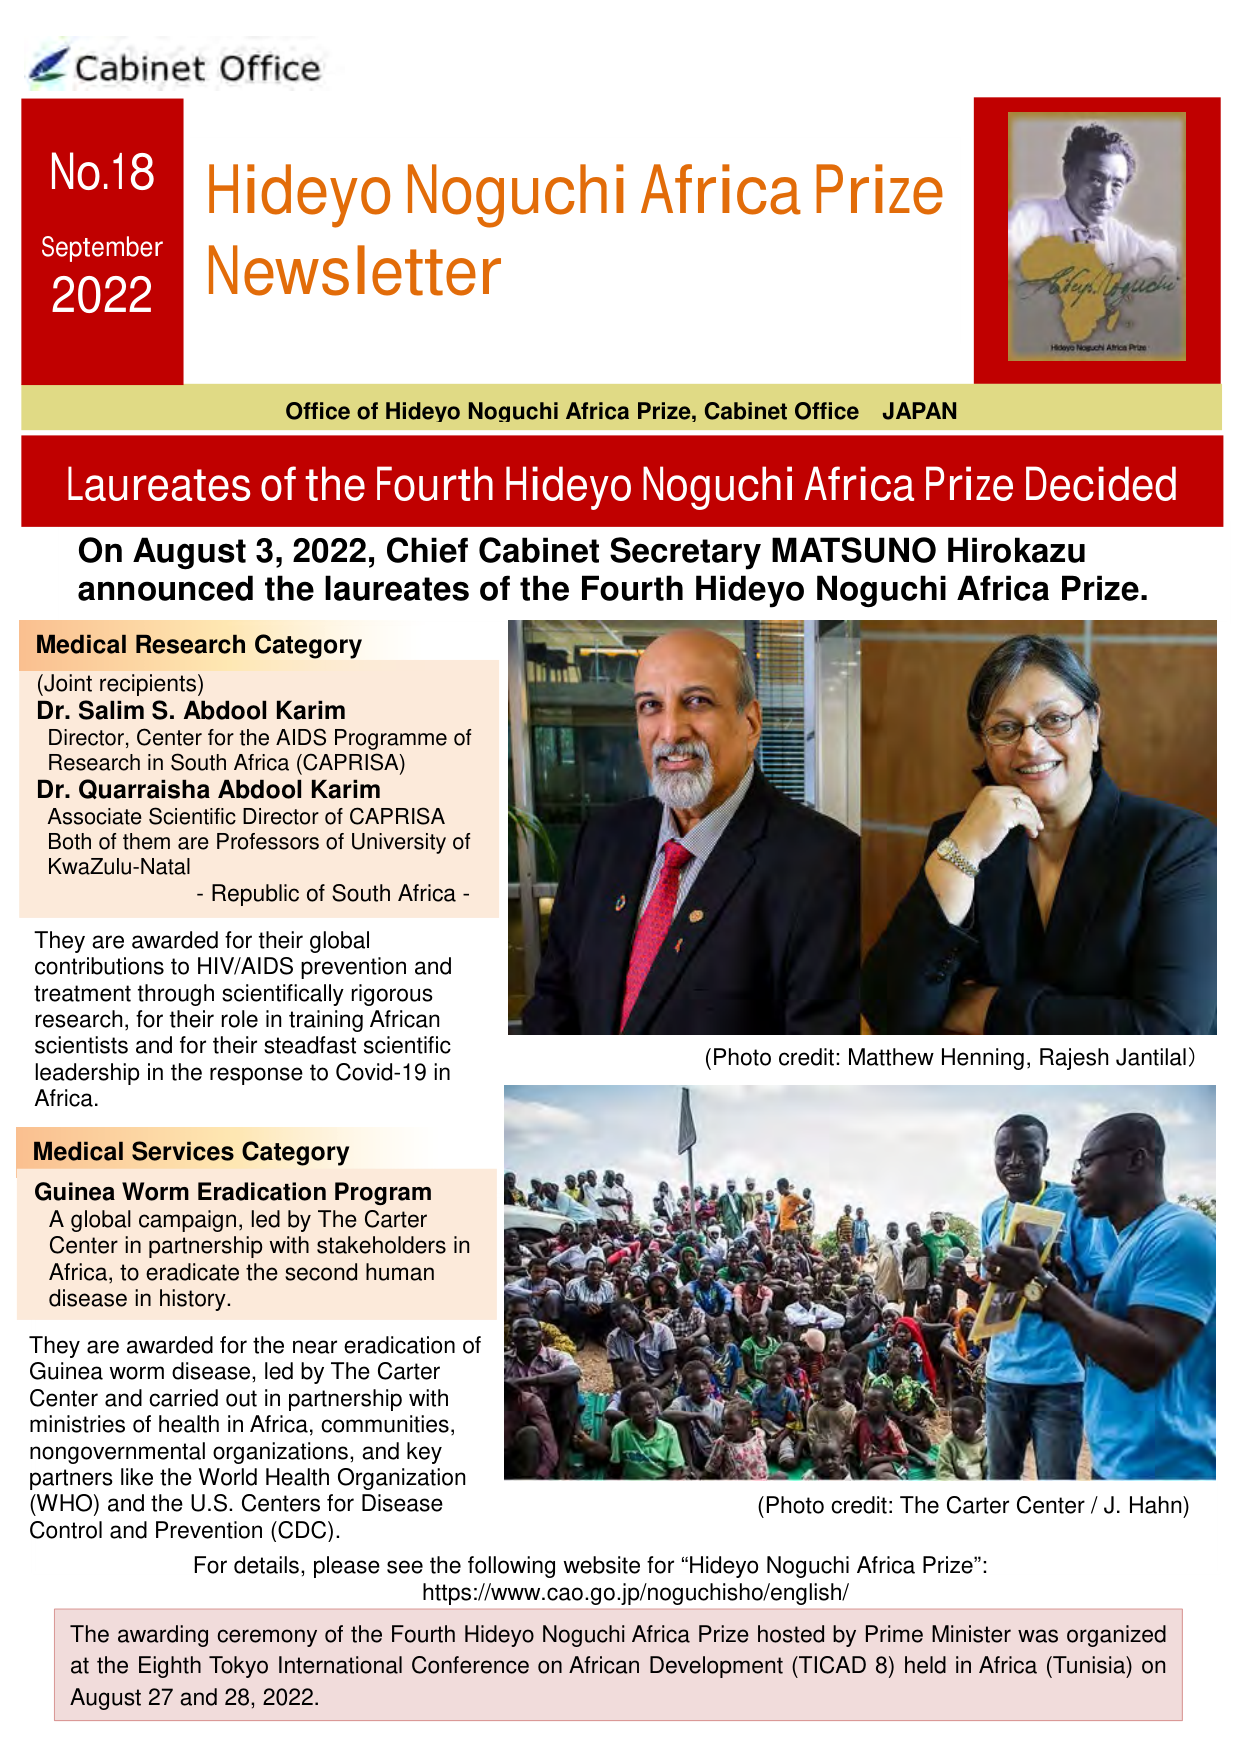
Cabinet Office
No.18
September
2022
Hideyo Noguchi Africa Prize
Newsletter
Hideyo Noguchi Africa Prize
Office of Hideyo Noguchi Africa Prize, Cabinet Office JAPAN
Laureates of the Fourth Hideyo Noguchi Africa Prize Decided
On August 3, 2022, Chief Cabinet Secretary MATSUNO Hirokazu announced the laureates of the Fourth Hideyo Noguchi Africa Prize.
Medical Research Category
(Joint recipients)
Dr. Salim S. Abdool Karim
Director, Center for the AIDS Programme of Research in South Africa (CAPRISA)
Dr. Quarraisha Abdool Karim
Associate Scientific Director of CAPRISA
Both of them are Professors of University of KwaZulu-Natal
- Republic of South Africa -
They are awarded for their global contributions to HIV/AIDS prevention and treatment through scientifically rigorous research, for their role in training African scientists and for their steadfast scientific leadership in the response to Covid-19 in Africa.
(Photo credit: Matthew Henning, Rajesh Jantilal)
Medical Services Category
Guinea Worm Eradication Program
A global campaign, led by The Carter Center in partnership with stakeholders in Africa, to eradicate the second human disease in history.
They are awarded for the near eradication of Guinea worm disease, led by The Carter Center and carried out in partnership with ministries of health in Africa, communities, nongovernmental organizations, and key partners like the World Health Organization (WHO) and the U.S. Centers for Disease Control and Prevention (CDC).
(Photo credit: The Carter Center / J. Hahn)
For details, please see the following website for “Hideyo Noguchi Africa Prize”:
https://www.cao.go.jp/noguchisho/english/
The awarding ceremony of the Fourth Hideyo Noguchi Africa Prize hosted by Prime Minister was organized at the Eighth Tokyo International Conference on African Development (TICAD 8) held in Africa (Tunisia) on August 27 and 28, 2022.